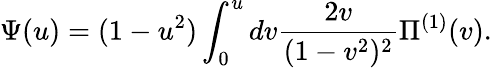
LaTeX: \Psi(u)=(1-u^{2})\int_{0}^{u}dv\frac{2v}{(1-v^{2})^{2}}\Pi^{(1)}(v).